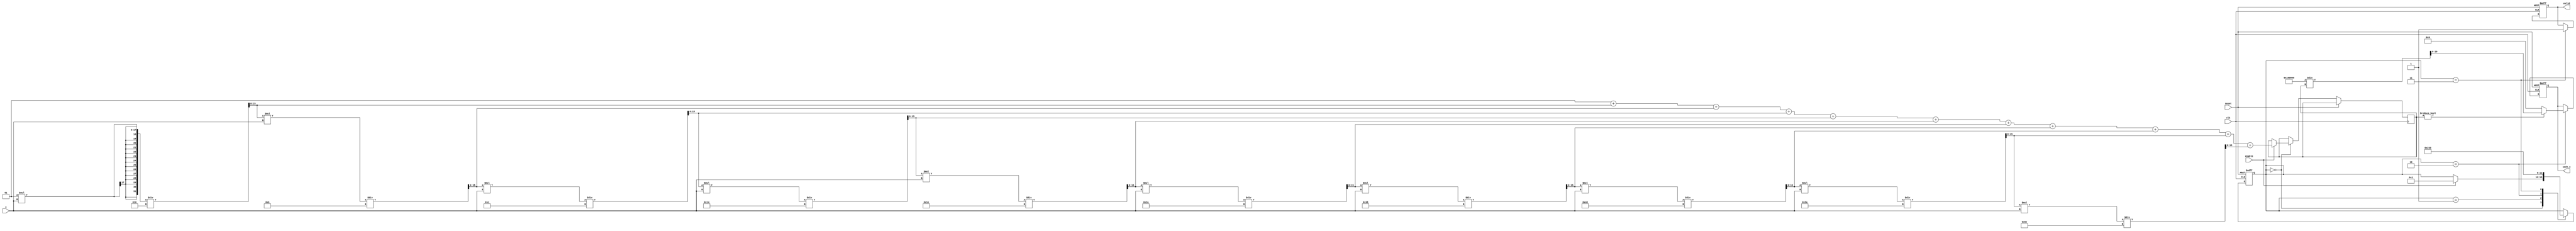
module hyperbolic_secant #(
    parameter N = 16, // Width of input
    parameter M = 20  // Width of output (adjust as necessary)
)(
    input wire clk,
    input wire reset,
    input wire enable,
    input wire signed [N-1:0] x, // Input (x)
    output reg signed [M-1:0] sech_x, // Output (sech(x))
    output reg valid // Output valid signal
);

    reg signed [N-1:0] cosh_x; // Intermediate storage for cosh(x)
    reg [3:0] state; // State for FSM
    reg [15:0] iteration_count; // Counter for iterations

    // State encoding
    parameter IDLE = 0, CALCULATE_COSH = 1, CALCULATE_RECIPROCAL = 2, OUTPUT_RESULT = 3;

    // Simple Taylor series approximation for cosh(x)
    function signed [N-1:0] compute_cosh;
        input signed [N-1:0] x;
        integer i;
        reg signed [N-1:0] result;
        reg signed [N-1:0] x_pow;
        begin
            result = 1; // Start with 1
            x_pow = 1; // x^0 = 1
            for (i = 1; i <= 10; i = i + 1) begin // Up to x^10 / 10!
                x_pow = x_pow * x / (i * (i + 1)); // x^(2*i)/(2*i)!
                result = result + x_pow; // Add to result
            end
            compute_cosh = result; // Return cosh(x)
        end
    endfunction

    // State machine for calculating sech(x)
    always @(posedge clk or posedge reset) begin
        if (reset) begin
            state <= IDLE;
            sech_x <= 0;
            valid <= 0;
            iteration_count <= 0;
        end else begin
            case (state)
                IDLE: begin
                    if (enable) begin
                        cosh_x <= compute_cosh(x);
                        state <= CALCULATE_COSH;
                    end
                end

                CALCULATE_COSH: begin
                    // Check if cosh_x is sufficiently computed (for larger N, you may want an actual implementation)
                    state <= CALCULATE_RECIPROCAL;
                end

                CALCULATE_RECIPROCAL: begin
                    if (cosh_x != 0) // Avoid division by zero
                        sech_x <= (1 << M) / cosh_x; // Compute 1/cosh(x) (scaled)
                    else
                        sech_x <= 0; // Handle overflow case
                    state <= OUTPUT_RESULT;
                end

                OUTPUT_RESULT: begin
                    valid <= 1; // Set valid output
                    state <= IDLE; // Go back to IDLE
                end
            endcase
        end
    end
endmodule